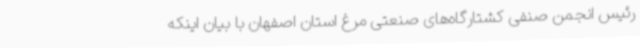
رئیس انجمن صنفی کشتارگاه‌های صنعتی مرغ استان اصفهان با بیان اینکه